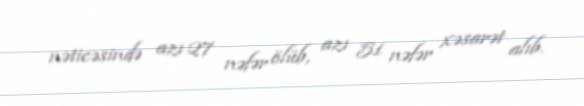
nəticəsində azı 27 nəfər ölüb, azı 51 nəfər xəsarət alıb.